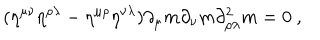
LaTeX: ( \eta ^ { \mu \nu } \eta ^ { \rho \lambda } - \eta ^ { \mu \rho } \eta ^ { \nu \lambda } ) \partial _ { \mu } m \partial _ { \nu } m \partial _ { \rho \lambda } ^ { 2 } m = 0 \ ,